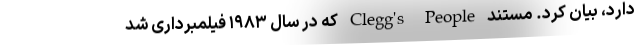
دارد، بیان کرد. مستند Clegg's People که در سال ۱۹۸۳ فیلمبرداری شد